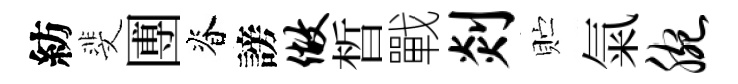
紡斐圑脊謗做晳戰剡贮氣腕